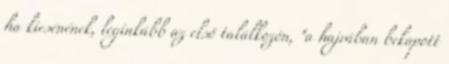
ha kiesénének, leginkább az első találkozón, "a hajrában bekapott